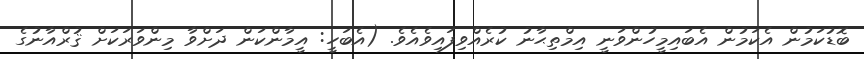
ބޮޑުކަމުން އެކަމުން އެބައިމީހުންވަނީ އިމްތިޙާނު ކުރެއްވިފައިވެއެވެ. (އެބަހީ: އީމާންކަން ދަށްވާ މިންވަރަކަށް ޤުރްއާނުގެ